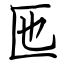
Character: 匜